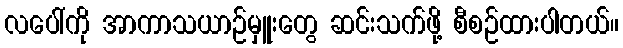
လပေါ်ကို အာကာသယာဉ်မှူးတွေ ဆင်းသက်ဖို့ စီစဉ်ထားပါတယ်။